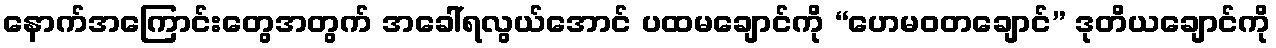
နောက်အကြောင်းတွေအတွက် အခေါ်ရလွယ်အောင် ပထမချောင်ကို “ဟေမဝတချောင်” ဒုတိယချောင်ကို